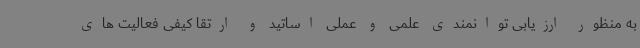
به منظور ارزیابی توانمندی علمی و عملی اساتید و ارتقا کیفی فعالیت های